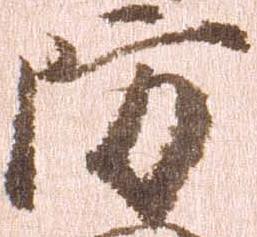
防